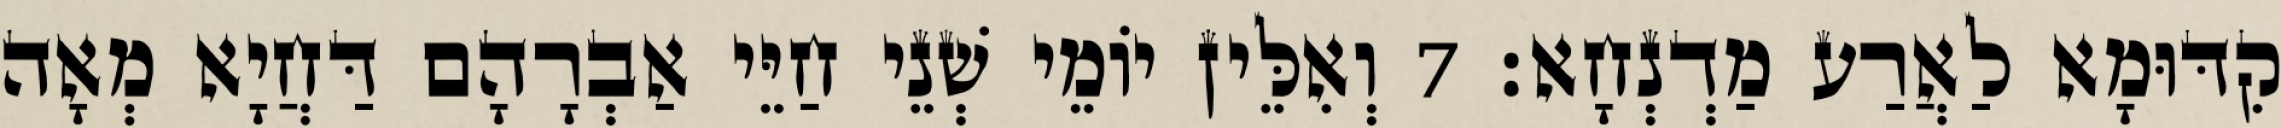
קִדּוּמָא לַאֲרַע מַדְנְחָא׃ 7 וְאִלֵּין יוֹמֵי שְׁנֵי חַיֵּי אַבְרָהָם דַּחֲיָא מְאָה